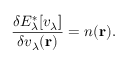
\frac { \delta E _ { \lambda } ^ { \ast } [ v _ { \lambda } ] } { \delta v _ { \lambda } ( \mathbf { r } ) } = n ( \mathbf { r } ) .